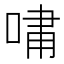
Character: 𫪯